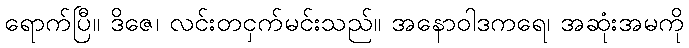
ရောက်ပြီ။ ဒိဇေ၊ လင်းတငှက်မင်းသည်။ အနောဝါဒကရေ၊ အဆုံးအမကို